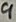
Text: 9